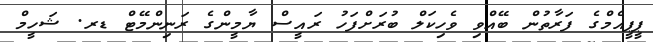
ޕީޕީއެމްގެ ފަރާތުން ބޭއްވި ވެހިކަލް ބުރަށްފަހު ރައީސް ޔާމީންގެ ރަނިންމޭޓް ޑރ. ޝަހީމް